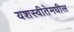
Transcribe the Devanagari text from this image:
यशस्वीतेमधील